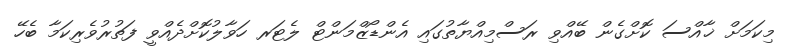
މިކަމަށް ޚާއްސަ ކޮށްގެން ބޭއްވި ރަސްމިއްޔާތުގައި އެންޑޯޒްމަންޓް ލެޓަރ ހަވާލުކޮށްދެއްވީ ފަތުރުވެރިކަމާ ބެހޭ